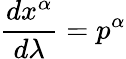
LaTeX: {\frac{dx^{\alpha}}{d\lambda}}=p^{\alpha}